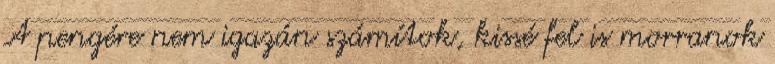
A pengére nem igazán számítok, kissé fel is morranok